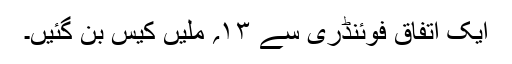
ایک اتفاق فوئنڈری سے ۱۳؍ ملیں کیس بن گئیں۔